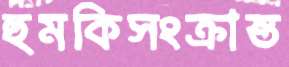
হুমকিসংক্রান্ত